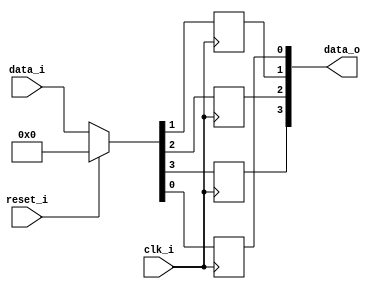
// This program was cloned from: https://github.com/NYU-MLDA/OpenABC
// License: BSD 3-Clause "New" or "Revised" License

module bsg_dff_reset_04
(
  clk_i,
  reset_i,
  data_i,
  data_o
);

  input [3:0] data_i;
  output [3:0] data_o;
  input clk_i;
  input reset_i;
  wire [3:0] data_o;
  wire N0,N1,N2,N3,N4,N5,N6;
  reg data_o_3_sv2v_reg,data_o_2_sv2v_reg,data_o_1_sv2v_reg,data_o_0_sv2v_reg;
  assign data_o[3] = data_o_3_sv2v_reg;
  assign data_o[2] = data_o_2_sv2v_reg;
  assign data_o[1] = data_o_1_sv2v_reg;
  assign data_o[0] = data_o_0_sv2v_reg;

  always @(posedge clk_i) begin
    if(1'b1) begin
      data_o_3_sv2v_reg <= N6;
    end 
  end


  always @(posedge clk_i) begin
    if(1'b1) begin
      data_o_2_sv2v_reg <= N5;
    end 
  end


  always @(posedge clk_i) begin
    if(1'b1) begin
      data_o_1_sv2v_reg <= N4;
    end 
  end


  always @(posedge clk_i) begin
    if(1'b1) begin
      data_o_0_sv2v_reg <= N3;
    end 
  end

  assign { N6, N5, N4, N3 } = (N0)? { 1'b0, 1'b0, 1'b0, 1'b0 } : 
                              (N1)? data_i : 1'b0;
  assign N0 = reset_i;
  assign N1 = N2;
  assign N2 = ~reset_i;

endmodule